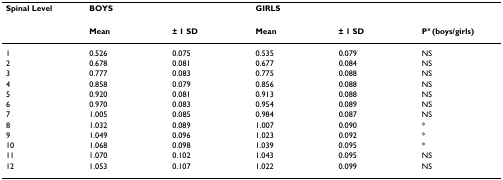
| Spinal Level | <COLSPAN=2> BOYS | <COLSPAN=2> GIRLS |  |
 |  | Mean | ± 1 SD | Mean | ± 1 SD | Px (boys/girls) |
 | --- | --- | --- | --- | --- | --- |
 | 1 | 0.526 | 0.075 | 0.535 | 0.079 | NS |
 | 2 | 0.678 | 0.081 | 0.677 | 0.084 | NS |
 | 3 | 0.777 | 0.083 | 0.775 | 0.088 | NS |
 | 4 | 0.858 | 0.079 | 0.856 | 0.088 | NS |
 | 5 | 0.920 | 0.081 | 0.913 | 0.088 | NS |
 | 6 | 0.970 | 0.083 | 0.954 | 0.089 | NS |
 | 7 | 1.005 | 0.085 | 0.984 | 0.087 | NS |
 | 8 | 1.032 | 0.089 | 1.007 | 0.090 | * |
 | 9 | 1.049 | 0.096 | 1.023 | 0.092 | * |
 | 10 | 1.068 | 0.098 | 1.039 | 0.095 | * |
 | 11 | 1.070 | 0.102 | 1.043 | 0.095 | NS |
 | 12 | 1.053 | 0.107 | 1.022 | 0.099 | NS |